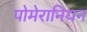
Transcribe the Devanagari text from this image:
पोमेरानियन